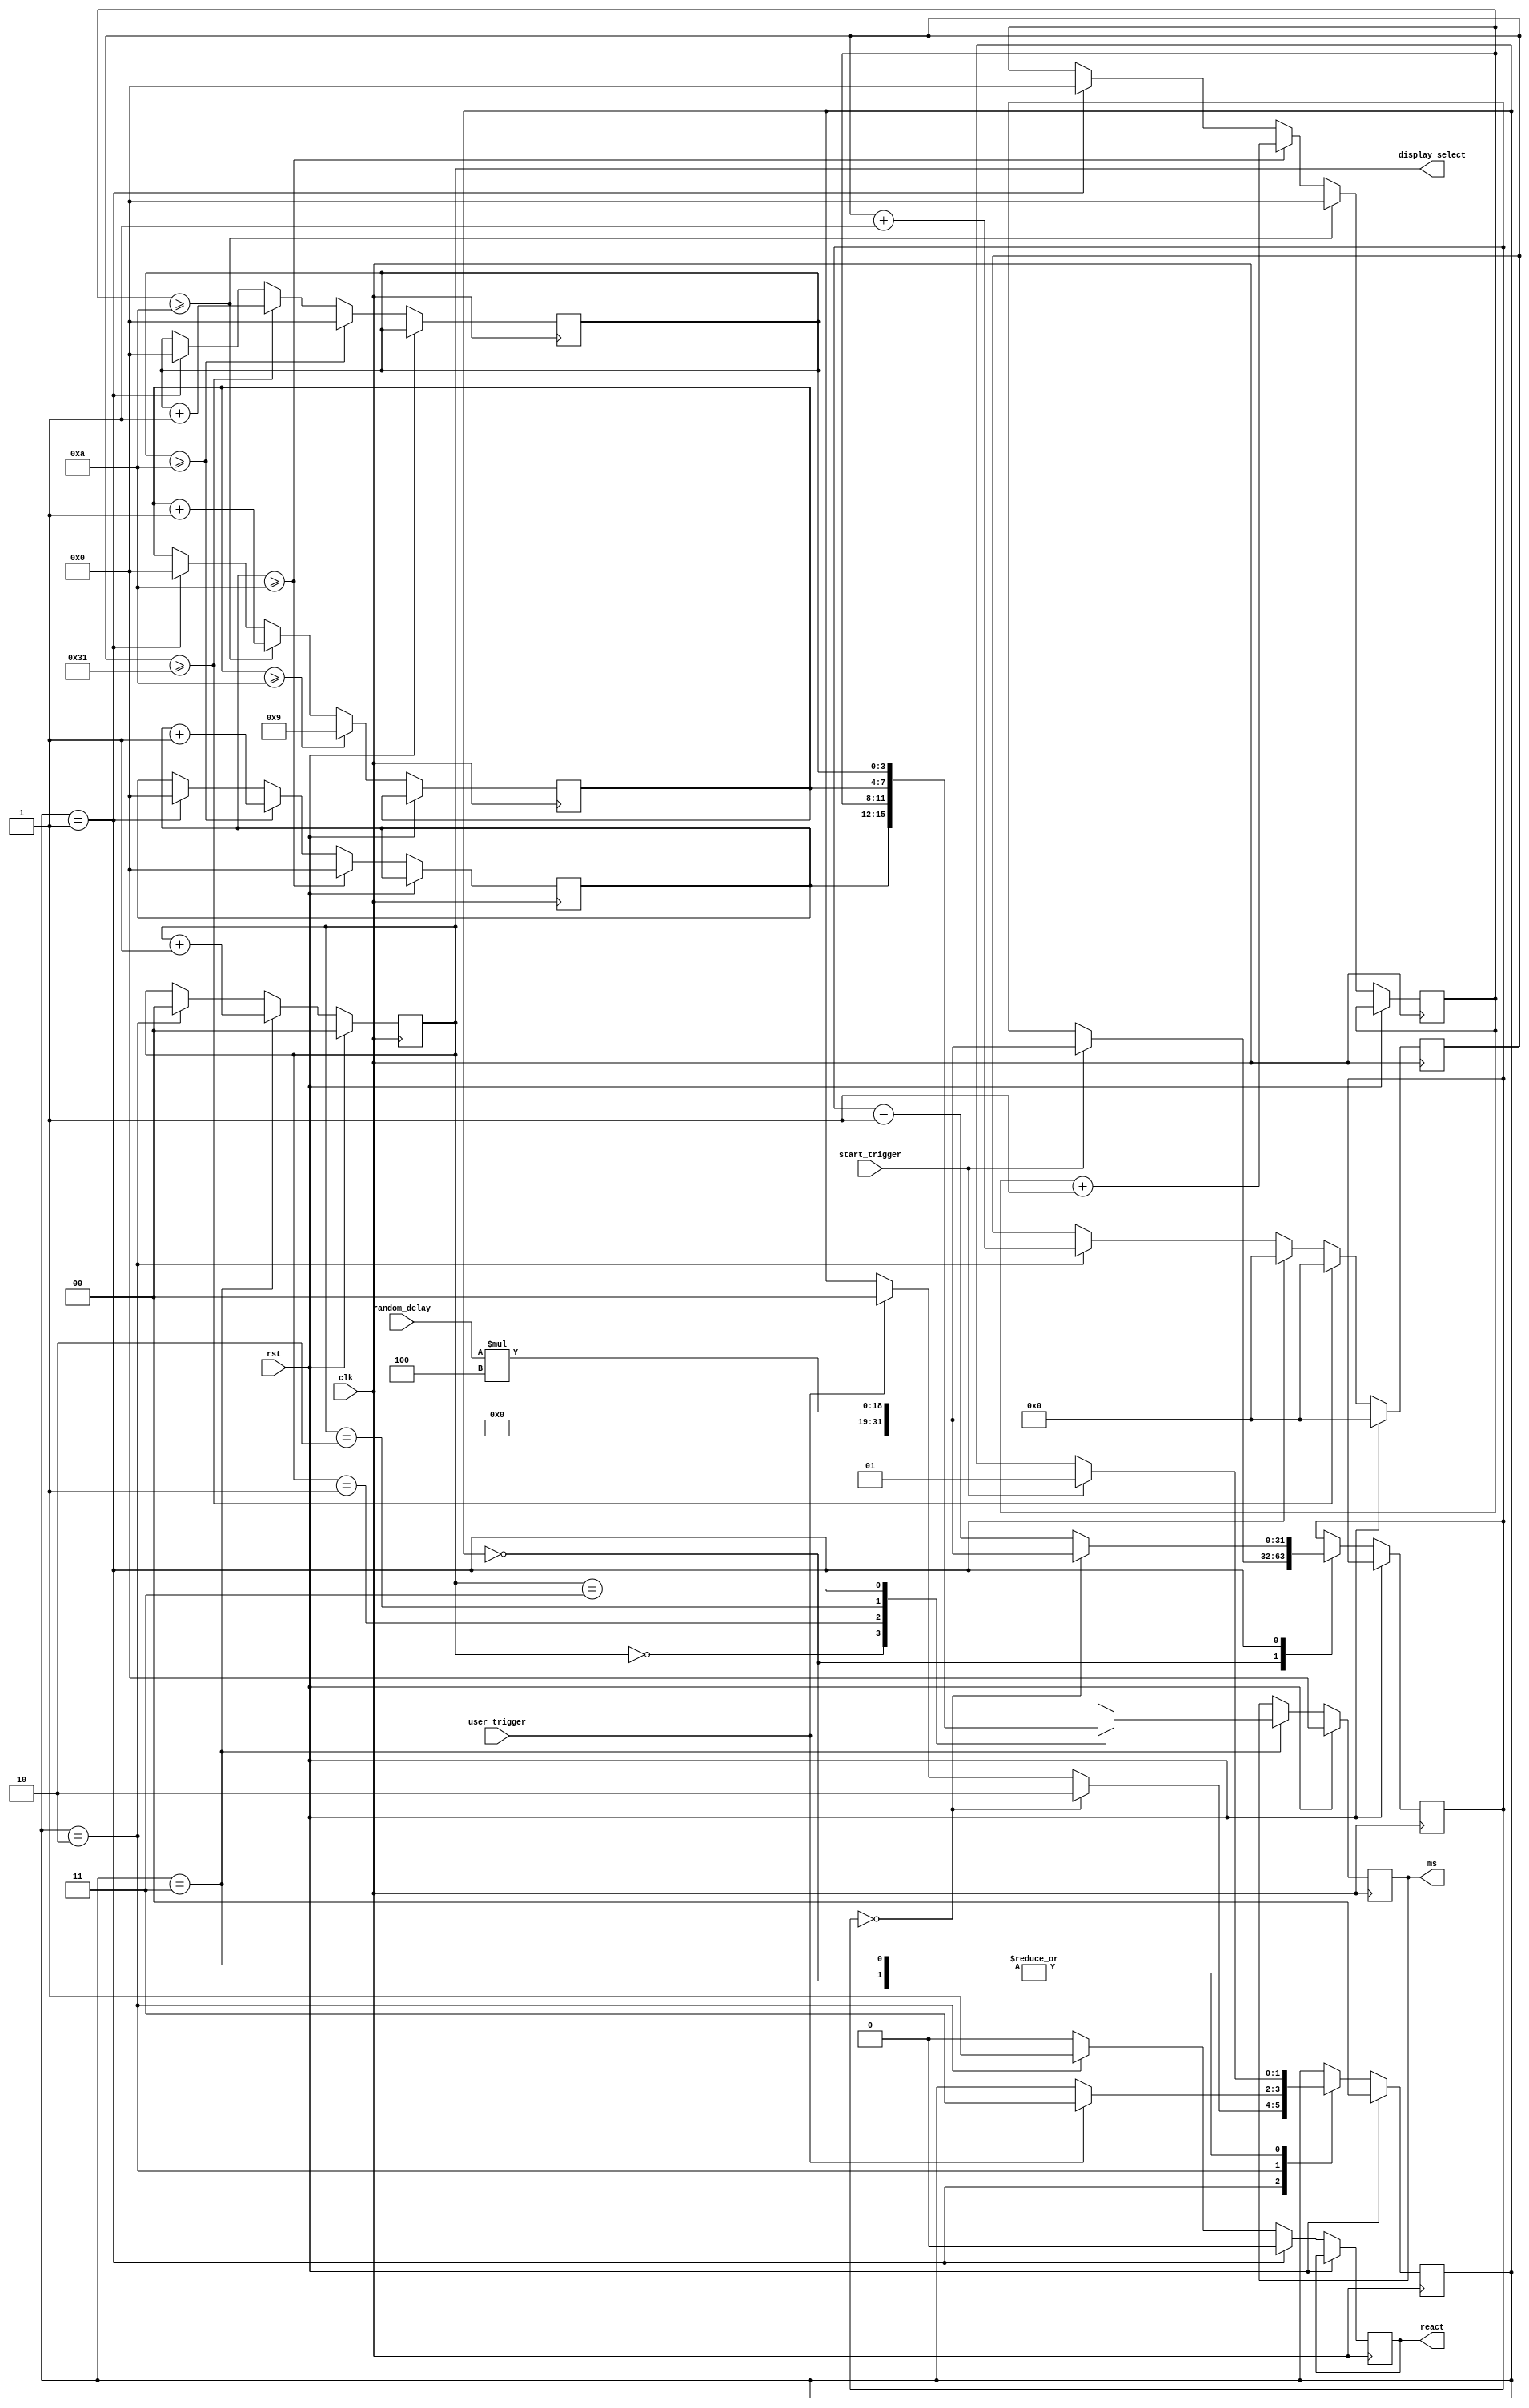
module reaction_time_benchmark (
    input clk,
    input rst,
    input start_trigger,
    input user_trigger,
    input [15:0] random_delay,
    output reg [3:0] ms,
    output reg react,
    output reg [1:0] display_select
);

// State machine states
parameter IDLE_STATE = 2'b00;
parameter START_STATE = 2'b01;
parameter REACT_STATE = 2'b10;
parameter SHOW_STATE = 2'b11;
reg [1:0] state;
reg [5:0] reaction_time;

reg [3:0] ms_ones = 0;
reg [3:0] ms_tens = 0;
reg [3:0] ms_hundreds = 0;
reg [3:0] ms_thousands = 0;

reg [31:0] delay;

always @(posedge clk) begin
    if (rst) begin
        state <= IDLE_STATE;
    end else begin
        case (state)
            IDLE_STATE:
                if (start_trigger) begin
                    delay <= random_delay * 4;
					//delay <= 50000;
                    state <= START_STATE;
                end
            START_STATE: begin
                delay <= delay - 1;
                if (user_trigger) begin
                    state <= IDLE_STATE;
                end
                if(delay == 0) begin
                    delay <= random_delay * 4;
					//delay <= 50000;
                    state <= REACT_STATE;
                 end
            end
            REACT_STATE:
                if (user_trigger) begin
                    state <= SHOW_STATE;
                end
            SHOW_STATE:
                if (start_trigger) begin
                    state <= START_STATE;
                end
        endcase
    end
end

always @(posedge clk) begin
    if (!rst) begin
        if (state == REACT_STATE) begin
            react <= 1;
            reaction_time <= reaction_time + 1;
        end
        else begin
            react <= 0;
        end
        if (state == START_STATE) begin
            reaction_time <= 0;
            react <= 0;
            ms_ones <= 0;
            ms_tens <= 0;
            ms_hundreds <= 0;
            ms_thousands <= 0;
        end
        if (reaction_time >= 49) begin
            ms_ones <= ms_ones + 1;
            reaction_time <= 0;
        end
        if (ms_ones >= 10) begin
            ms_tens <= ms_tens + 1;
            ms_ones <= 0;
        end
        if (ms_tens >= 10) begin
            ms_hundreds <= ms_hundreds + 1;
            ms_tens <= 0;
        end
        if (ms_hundreds >= 10) begin
            ms_thousands <= ms_thousands + 1;
            ms_hundreds <= 0;
        end
        if (ms_thousands >= 10) begin
            ms_thousands <= 9;
        end
    end
    else begin
        reaction_time <= 0;
    end
end

always @(posedge clk) begin
    if (state == REACT_STATE) begin
        display_select <= 0;
    end
    if (rst) begin
        ms <= 4'b0000;
        display_select <= 0;
    end else begin
        if (state == SHOW_STATE) begin
            case (display_select)
                2'b00: ms <= ms_tens;
                2'b01: ms <= ms_hundreds;
                2'b10: ms <= ms_thousands;
                2'b11: ms <= ms_ones;
            endcase
            display_select <= display_select + 1;
        end
    end
end
endmodule